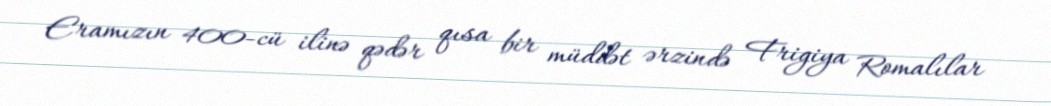
Eramızın 400-cü ilinə qədər qısa bir müddət ərzində Frigiya Romalılar